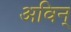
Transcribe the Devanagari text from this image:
अविन्